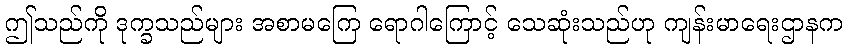
ဤသည်ကို ဒုက္ခသည်များ အစာမကြေ ရောဂါကြောင့် သေဆုံးသည်ဟု ကျန်းမာရေးဌာနက